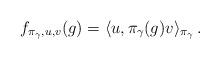
LaTeX: \begin{align*}f_{\pi_\gamma,u,v}(g) = \langle u, \pi_\gamma(g)v\rangle_{\pi_\gamma}\,.\end{align*}